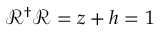
\mathcal { R } ^ { \dagger } \mathcal { R } = z + h = 1